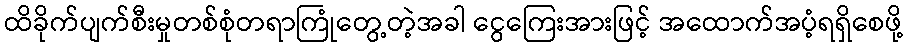
ထိခိုက်ပျက်စီးမှုတစ်စုံတရာကြုံတွေ့တဲ့အခါ ငွေကြေးအားဖြင့် အထောက်အပံ့ရရှိစေဖို့